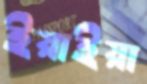
ইয়াইয়া